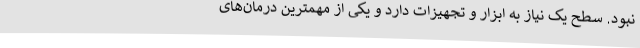
نبود. سطح یک نیاز به ابزار و تجهیزات دارد و یکی از مهمترین درمان‌های